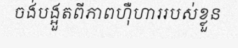
ចង់បង្អួតពីភាពហ៊ឺហាររបស់ខ្លួន